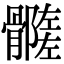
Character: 𩪦